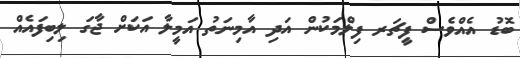
ބޮޑު އެއްވެސް ފީޗަރ ފިލްމަކުން އަދި އާމިނަތު އަމީލާ އަކަށް ޖާގަ ލިބިފައެއް